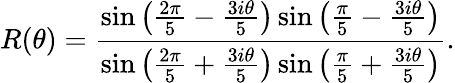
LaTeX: R(\theta)=\frac{\sin\left(\frac{2\pi}{5}-\frac{3i\theta}{5}\right)\sin\left(\frac{\pi}{5}-\frac{3i\theta}{5}\right)}{\sin\left(\frac{2\pi}{5}+\frac{3i\theta}{5}\right)\sin\left(\frac{\pi}{5}+\frac{3i\theta}{5}\right)}.